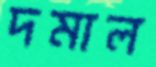
দমাল